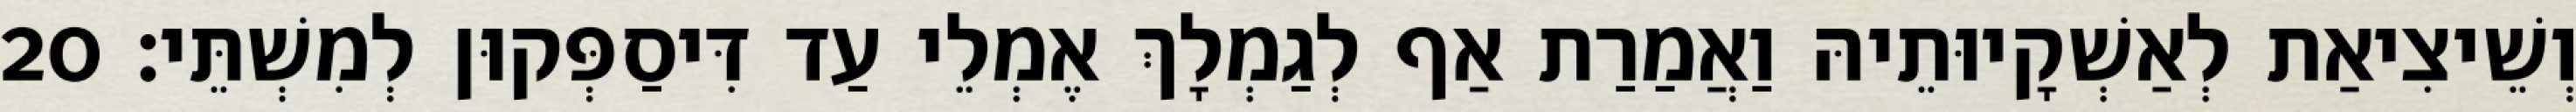
וְשֵׁיצִיאַת לְאַשְׁקָיוּתֵיהּ וַאֲמַרַת אַף לְגַמְלָךְ אֶמְלֵי עַד דִּיסַפְּקוּן לְמִשְׁתֵּי׃ 20